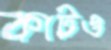
কাটও